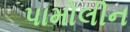
પામોલીન